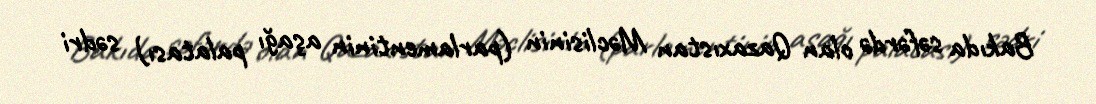
Bakıda səfərdə olan Qazaxıstan Məclisinin (parlamentinin aşağı palatası) sədri